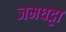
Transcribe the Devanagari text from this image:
जमघट्टा